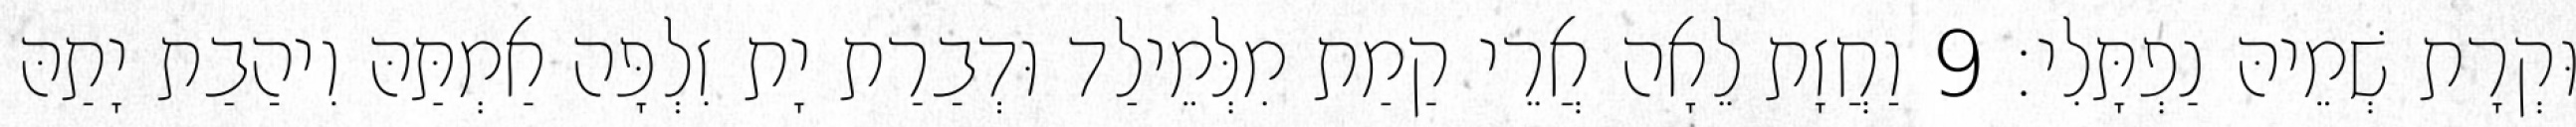
וּקְרָת שְׁמֵיהּ נַפְתָּלִי׃ 9 וַחֲזָת לֵאָה אֲרֵי קַמַת מִלְּמֵילַד וּדְבַרַת יָת זִלְפָּה אַמְתַּהּ וִיהַבַת יָתַהּ